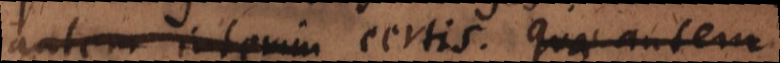
autem interim certis. Quae autem